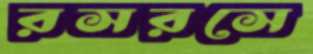
রসরসে